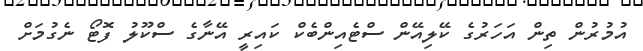
އުމުރުން ތިން އަހަރުގެ ކޭލިއޭން ސްޓެއިންބެކް ކައިރީ އޭނާގެ ސްކޫލު ފޮޓޯ ނެގުމަށް